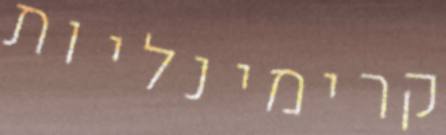
קרימינליות